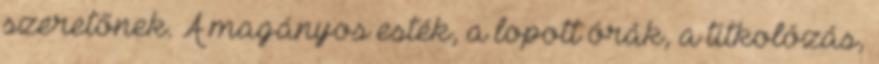
szeretőnek. A magányos esték, a lopott órák, a titkolózás,